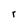
Character: r